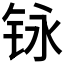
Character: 𮸃